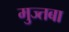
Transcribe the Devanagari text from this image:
मुज्तबा